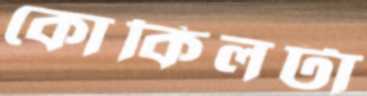
কোকিলটা